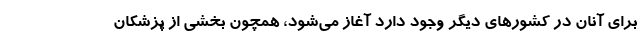
برای آنان در کشورهای دیگر وجود دارد آغاز می‌شود، همچون بخشی از پزشکان